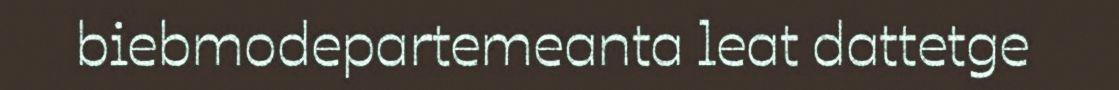
biebmodepartemeanta leat dattetge